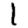
Digit: 1